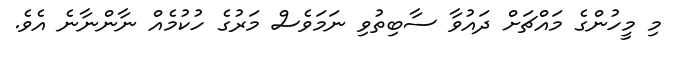
މި މީހުންގެ މައްޗަށް ދައުވާ ސާބިތުވި ނަމަވެސް މަރުގެ ހުކުމެއް ނާންނާނެ އެވެ.